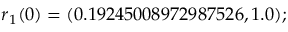
\boldsymbol { r } _ { 1 } ( 0 ) = ( 0 . 1 9 2 4 5 0 0 8 9 7 2 9 8 7 5 2 6 , 1 . 0 ) ;